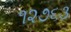
૧૨૭૬૩